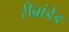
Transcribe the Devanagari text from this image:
रीब्रांडेड